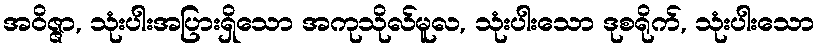
အဝိဇ္ဇာ, သုံးပါးအပြားရှိသော အကုသိုလ်မူလ, သုံးပါးသော ဒုစရိုက်, သုံးပါးသော